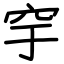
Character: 穻